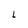
Character: L